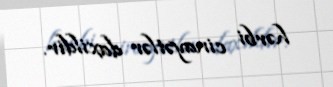
hərbi cinayətlər daxildir.